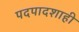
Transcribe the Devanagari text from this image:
पदपादशाही